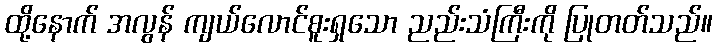
ထို့နောက် အလွန် ကျယ်လောင်စူးရှသော ညည်းသံကြီးကို ပြုတတ်သည်။